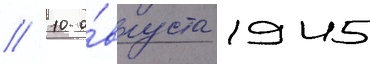
// 10 а́вгуста 1945